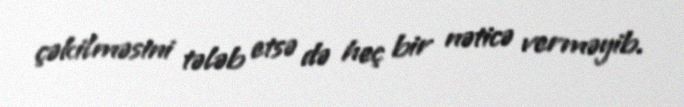
çəkilməsini tələb etsə də heç bir nəticə verməyib.